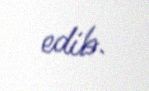
edib.